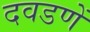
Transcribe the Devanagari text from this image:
दवडणें